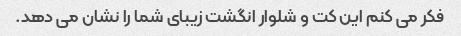
فکر می کنم این کت و شلوار انگشت زیبای شما را نشان می دهد.